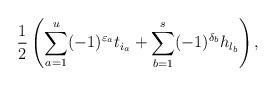
LaTeX: \begin{gather*}{1\over 2}\left(\sum_{a=1}^u (-1)^{\varepsilon_a}t_{i_a}+\sum_{b=1}^s (-1)^{\delta_b}h_{l_b}\right),\end{gather*}